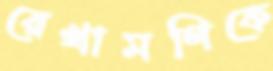
রেখামণিকে